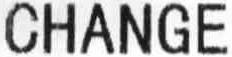
CHANGE